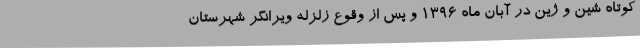
کوتاه شین و ژین در آبان ماه ۱۳۹۶ و پس از وقوع زلزله ویرانگر شهرستان